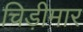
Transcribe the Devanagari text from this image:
चिड़ीमार